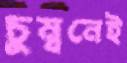
চুম্বনেই